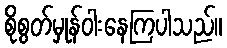
စိုစွတ်မှုန်ဝါးနေကြပါသည်။